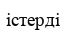
істерді